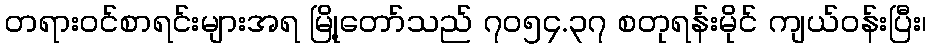
တရားဝင်စာရင်းများအရ မြို့တော်သည် ၇၀၅၄.၃၇ စတုရန်းမိုင် ကျယ်ဝန်းပြီး၊